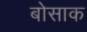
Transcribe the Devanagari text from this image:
बोसाक